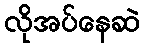
လိုအပ်နေဆဲ